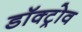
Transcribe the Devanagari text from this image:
डॉक्ट्रोव